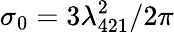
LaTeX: \sigma_{0}=3\lambda_{421}^{2}/2\pi